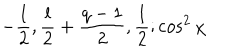
- { \frac { l } { 2 } } , { \frac { l } { 2 } } + { \frac { q - 1 } { 2 } } , { \frac { 1 } { 2 } } ; \cos ^ { 2 } \chi